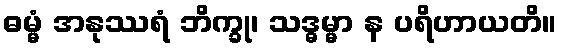
ဓမ္မံ အနုဿရံ ဘိက္ခု၊ သဒ္ဓမ္မာ န ပရိဟာယတိ။